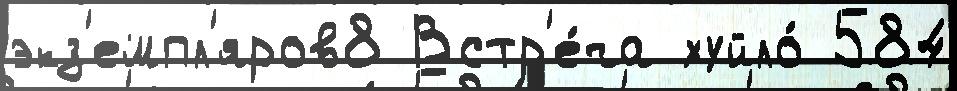
экз'емпл'яров8 Встр'е́ча хуйло́ 584